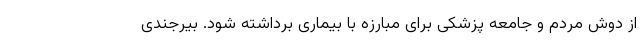
از دوش مردم و جامعه پزشکی برای مبارزه با بیماری برداشته شود. بیرجندی